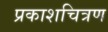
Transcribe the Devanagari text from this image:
प्रकाशचित्रण